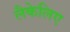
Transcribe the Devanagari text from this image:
लैकेलिए